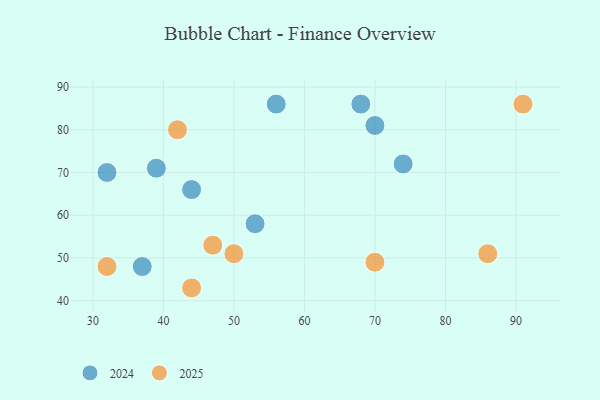
{"axis": {"x": "GDP", "y": "Life Expectancy"}, "legend": ["2024", "2025"], "data": [{"x": "44", "y": 66, "type": "2024"}, {"x": "53", "y": 58, "type": "2024"}, {"x": "56", "y": 86, "type": "2024"}, {"x": "74", "y": 72, "type": "2024"}, {"x": "37", "y": 48, "type": "2024"}, {"x": "68", "y": 86, "type": "2024"}, {"x": "39", "y": 71, "type": "2024"}, {"x": "32", "y": 70, "type": "2024"}, {"x": "70", "y": 81, "type": "2024"}, {"x": "32", "y": 48, "type": "2025"}, {"x": "47", "y": 53, "type": "2025"}, {"x": "50", "y": 51, "type": "2025"}, {"x": "91", "y": 86, "type": "2025"}, {"x": "70", "y": 49, "type": "2025"}, {"x": "42", "y": 80, "type": "2025"}, {"x": "86", "y": 51, "type": "2025"}, {"x": "44", "y": 43, "type": "2025"}]}